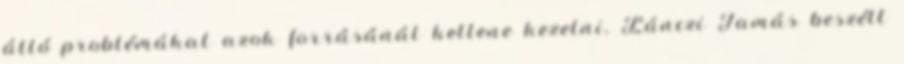
álló problémákat azok forrásánál kellene kezelni. Lánczi Tamás beszélt